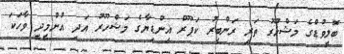
ބޮލީވުޑްގެ މަޝްހޫރު ތަރި ރަންބީރު ކަޕޫރް އިންޑިޔާގެ މަޝްހޫރު އަދި އުންމީދީ ވާހަކަ